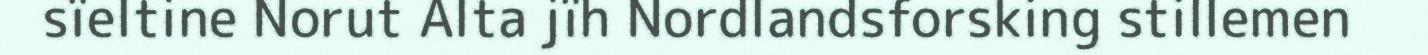
sïeltine Norut Alta jïh Nordlandsforsking stillemen